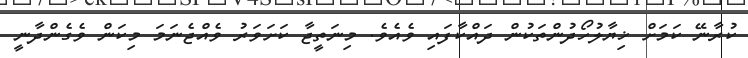
ކުރާނޭ ކަމަށް ޚިޔާލުހޯދުންތަކުން ދައްކާފައި ވެއެވެ. މިނަތީޖާ ކަށަވަރު ވެއްޖެނަމަ މިކަން ވެގެންދާނީ